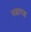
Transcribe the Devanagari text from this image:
पडापड